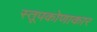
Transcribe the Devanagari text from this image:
स्तूपकोणाकार